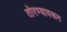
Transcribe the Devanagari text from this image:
तोरण्यावरून